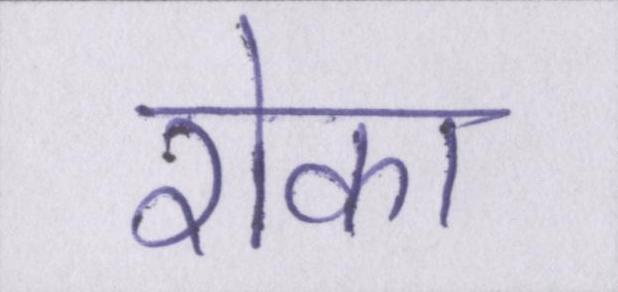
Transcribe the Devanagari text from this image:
रोका